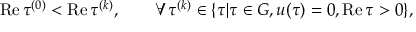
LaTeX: \mathrm { R e } \, \tau ^ { ( 0 ) } < \mathrm { R e } \, \tau ^ { ( k ) } , \qquad \forall \tau ^ { ( k ) } \in \{ \tau | \tau \in G , u ( \tau ) = 0 , \mathrm { R e } \, \tau > 0 \} ,